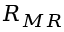
{ R } _ { M R } \,